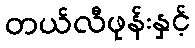
တယ်လီဖုန်းနှင့်